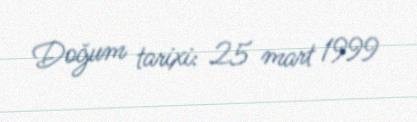
Doğum tarixi: 25 mart 1999